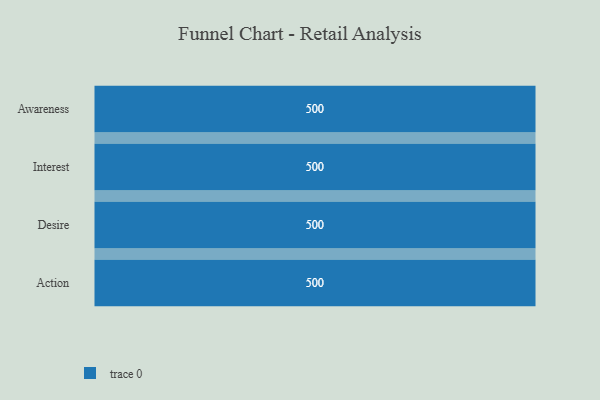
{"axis": {"x": "Stage", "y": "Value"}, "legend": [""], "data": [{"x": "Awareness", "y": 500, "type": ""}, {"x": "Interest", "y": 500, "type": ""}, {"x": "Desire", "y": 500, "type": ""}, {"x": "Action", "y": 500, "type": ""}]}